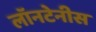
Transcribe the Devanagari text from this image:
लॉनटेनीस